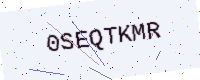
Text: 0SEQTKMR